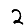
Digit: 2